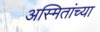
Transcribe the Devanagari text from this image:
अस्मितांच्या